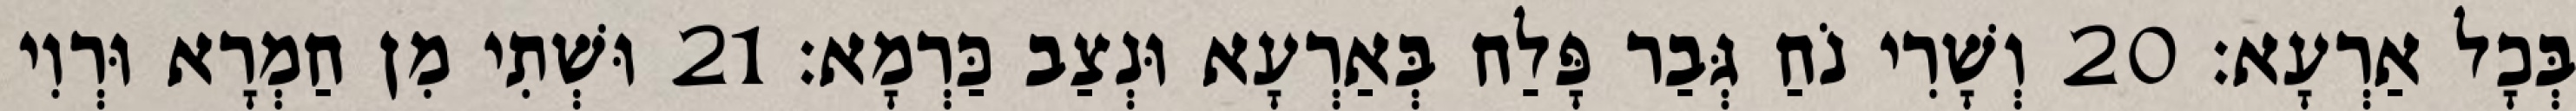
בְּכָל אַרְעָא׃ 20 וְשָׁרִי נֹחַ גְּבַר פָּלַח בְּאַרְעָא וּנְצַב כַּרְמָא׃ 21 וּשְׁתִי מִן חַמְרָא וּרְוִי